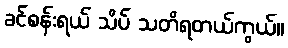
ခင်စန်းရယ် သိပ် သတိရတယ်ကွယ်။